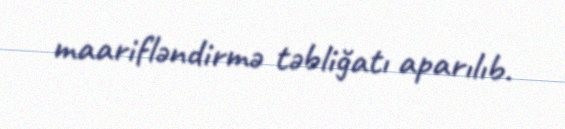
maarifləndirmə təbliğatı aparılıb.